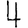
Digit: 4